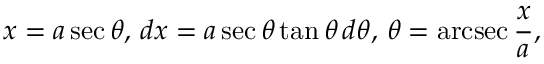
x = a \sec \theta , \, d x = a \sec \theta \tan \theta \, d \theta , \, \theta = \operatorname { a r c s e c } { \frac { x } { a } } ,